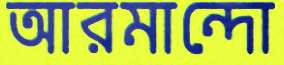
আরমান্দো